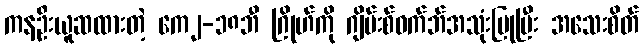
ကနဦးယူဆထားတဲ့ ကေ၂-၁၈ဘီ ဂြိုဟ်ကို ဂျိမ်းစ်ဝက်ဘ်အသုံးပြုပြီး အသေးစိတ်